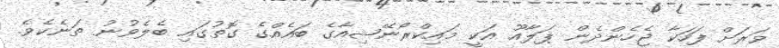
ވަރަށް ފަހަކާ ޖެހެންދެން ޕަލާއޫ އަކީ މައިކްރޯނޭޝިއާގެ ބައެއްގެ ގޮތުގައި ބެލެވުނު ތަނެކެވެ.